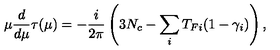
\mu { \frac { d } { d \mu } } \tau ( \mu ) = - { \frac { i } { 2 \pi } } \left( 3 N _ { c } - \sum _ { i } T _ { F i } ( 1 - \gamma _ { i } ) \right) ,